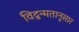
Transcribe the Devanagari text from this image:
विद्वन्मतानुसार